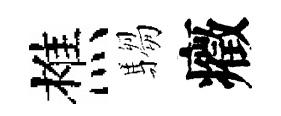
樵騶癥